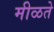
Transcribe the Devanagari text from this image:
मीळते